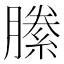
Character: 縢